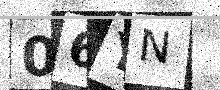
Text: 06YN